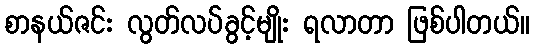
စာနယ်ဇင်း လွတ်လပ်ခွင့်မျိုး ရလာတာ ဖြစ်ပါတယ်။